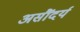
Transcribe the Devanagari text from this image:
असौंदर्य